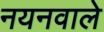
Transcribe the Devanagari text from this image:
नयनवाले